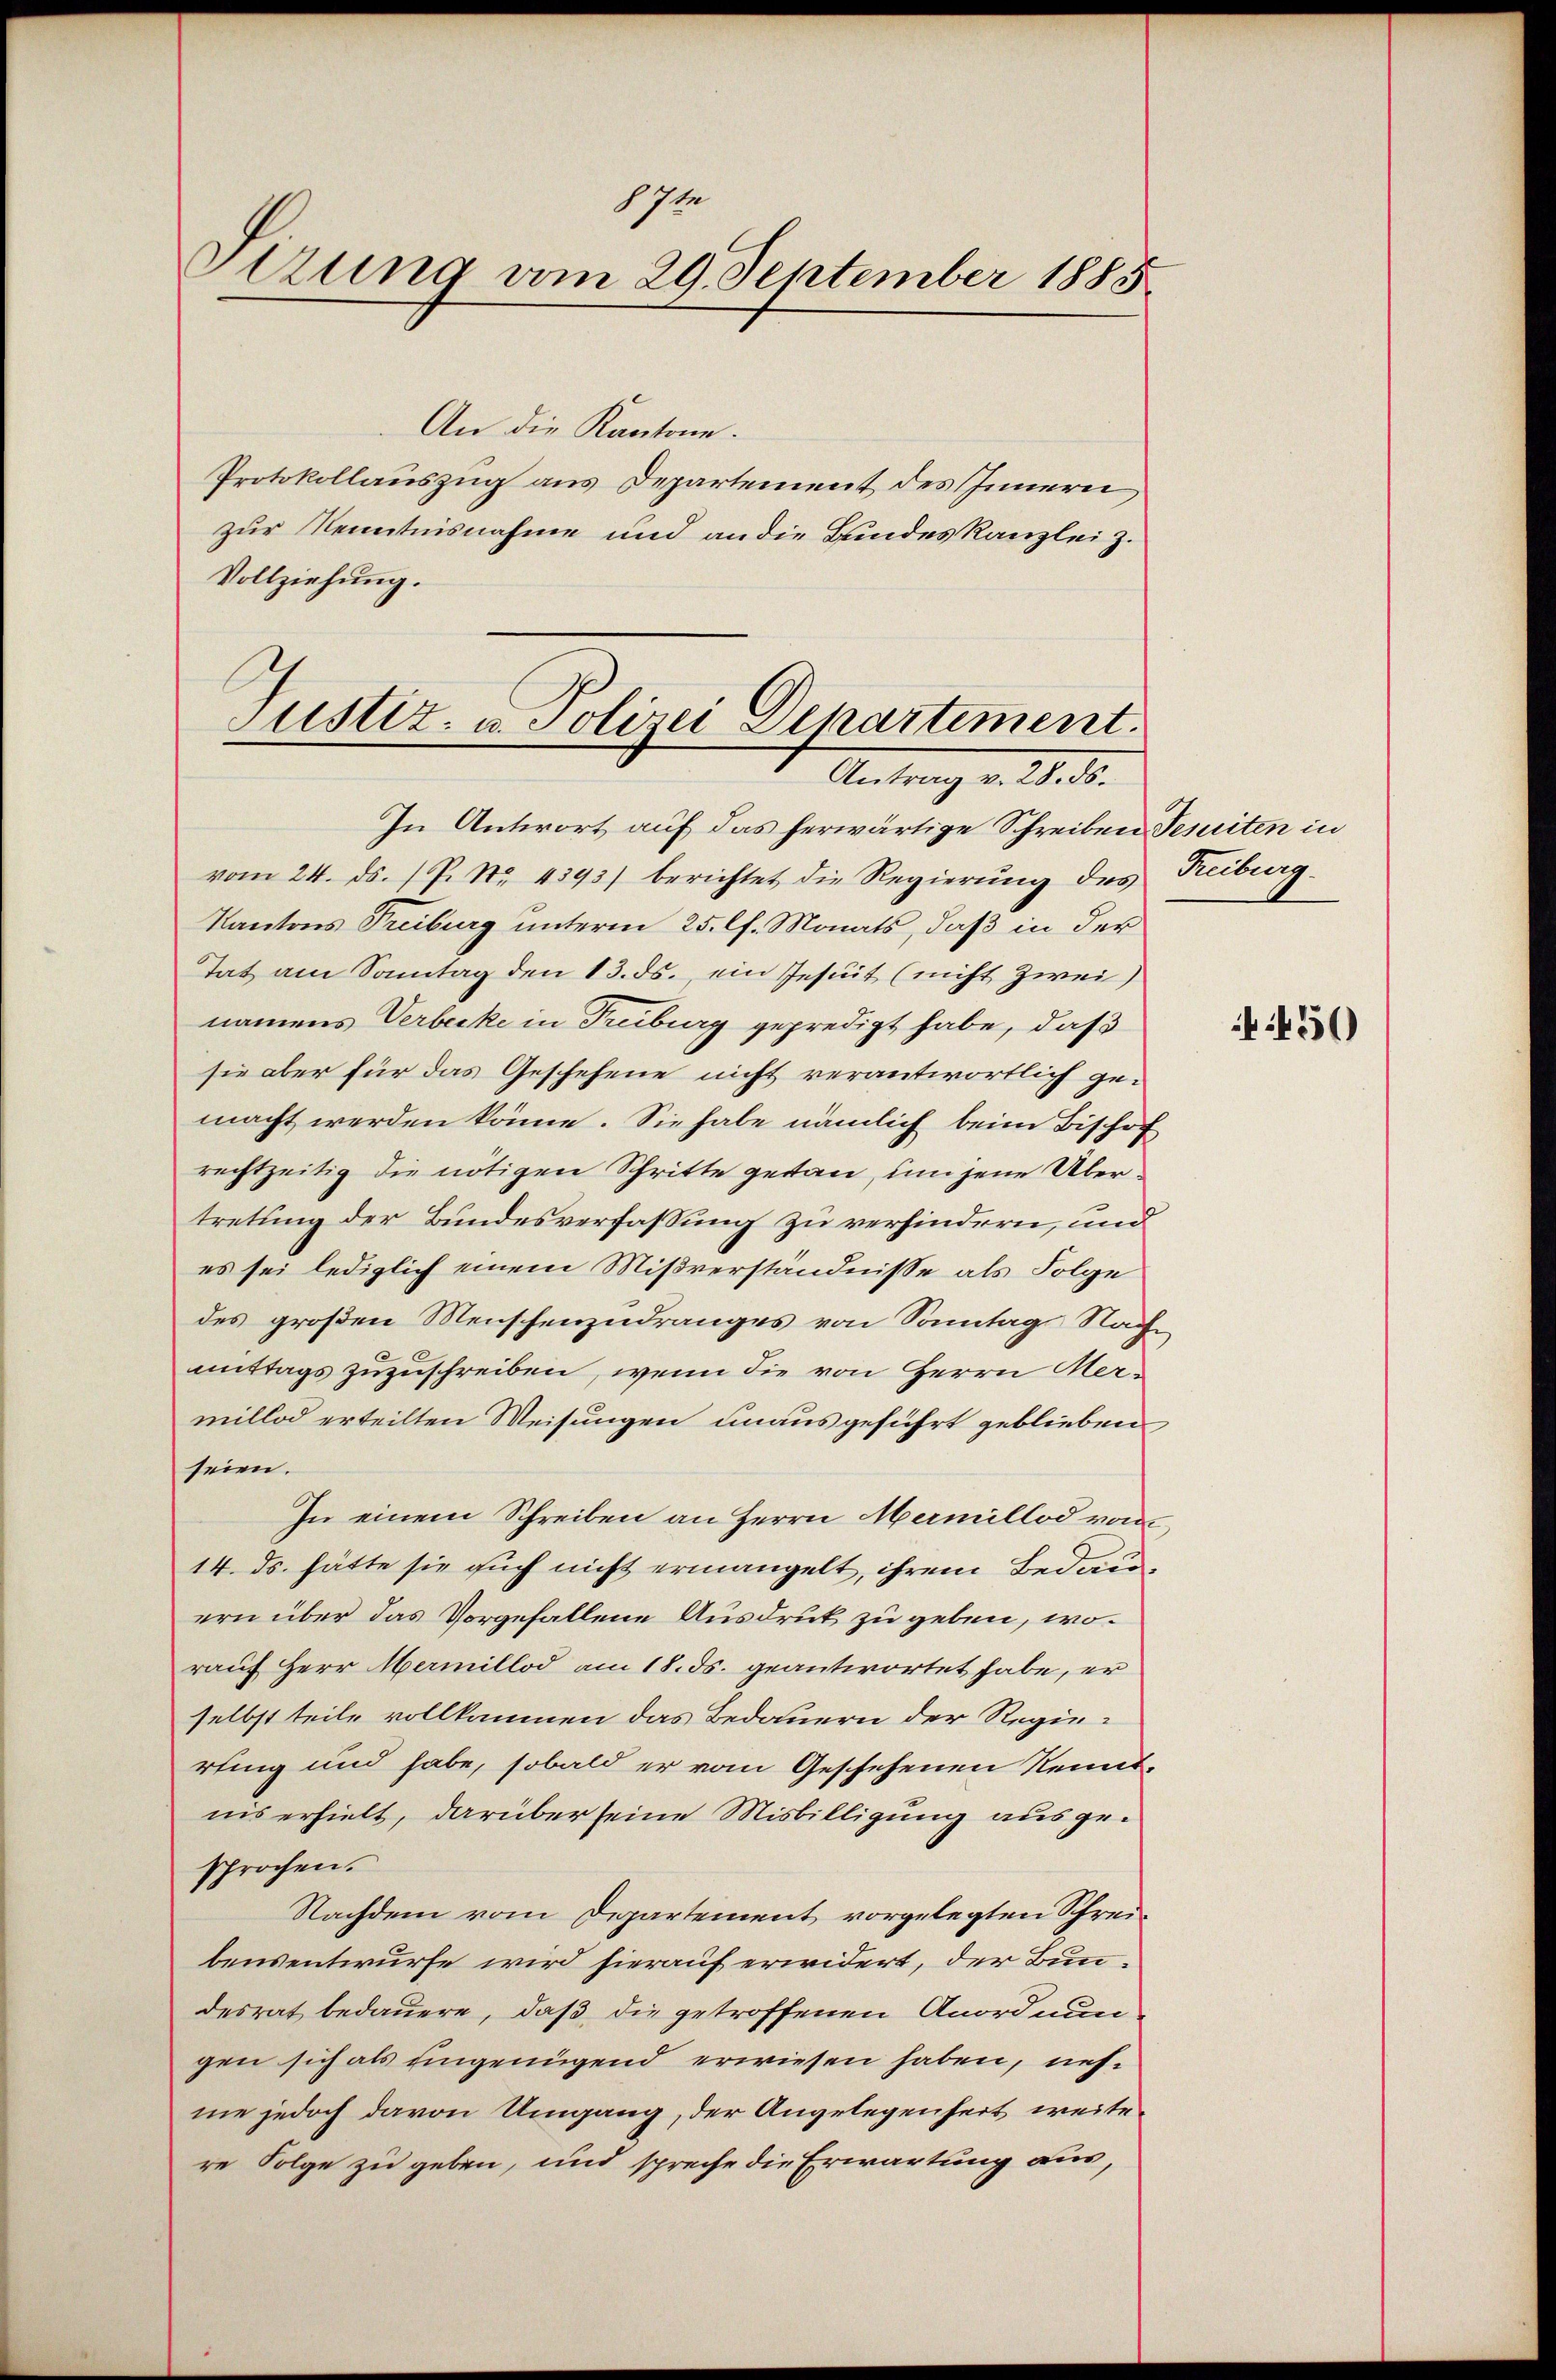
17te
Stzung vom 29. September 1885

An die Kantone.
Protokollauszug aus Departement des Innern
zur Kenntnisnahme und an die Bundeskanzlei z.
Vollziehung.

Justiz- u. Polizei Departement.
Antrag v. 28. ds.

In Antwort auf das herwärtige Schreiben Jesuiten in
vom 24. ds. P. Nr. 4393) berichtet die Regierung des Reiburg¬
Kantons Treiburg unterm 25. lt. Monats, daß in der
tat am Sonntag den 13. ds., ein Jesuit (nicht zwei)
namens Verbecke in Treiburg gepredigt habe, daß
sie aber für das Geschehene nicht verantwortlich gemacht werden könne. Sie habe nämlich beim Bischof
rechtzeitig die nötigen Schritte getan, um jene Übertretung der Bundesverfassung zu verhindern, und
es sei lediglich einem Mißverständnisse als Folge
des großen Menschenzudranges von Sonntag Nachmittags zuzuschreiben, wenn die von Herrn Mermillod erteilten Weisungen unausgeführt geblieben
seien.
In einem Schreiben an Herrn Mermillod von
14. ds. hätte sie such nicht ermangelt, ihrem Bedauern über das Vorgefallene Ausdruck zu geben, worauf Herr Mermillod am 18. ds. geantwortet habe, er
selbst teile vollkommen das Bedauern der Regierting und habe, sobald er vom Geschehenen Kenntins erhielt, darüber seine Misbilligung ausgesprochen.
Nachdem vom Departement vorgelegten Schreibensentwurfe wird hierauf erwidert, der Bundesrat bedauern, daß die getroffenen Anordnungen sich als ungenügend erwiesen haben, nehme jedoch davon Umgang, der Angelegenheit weitere Folge zu geben, und spreche die Erwartung aus,

450